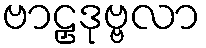
ဗာဠှဒုဗ္ဗလာ